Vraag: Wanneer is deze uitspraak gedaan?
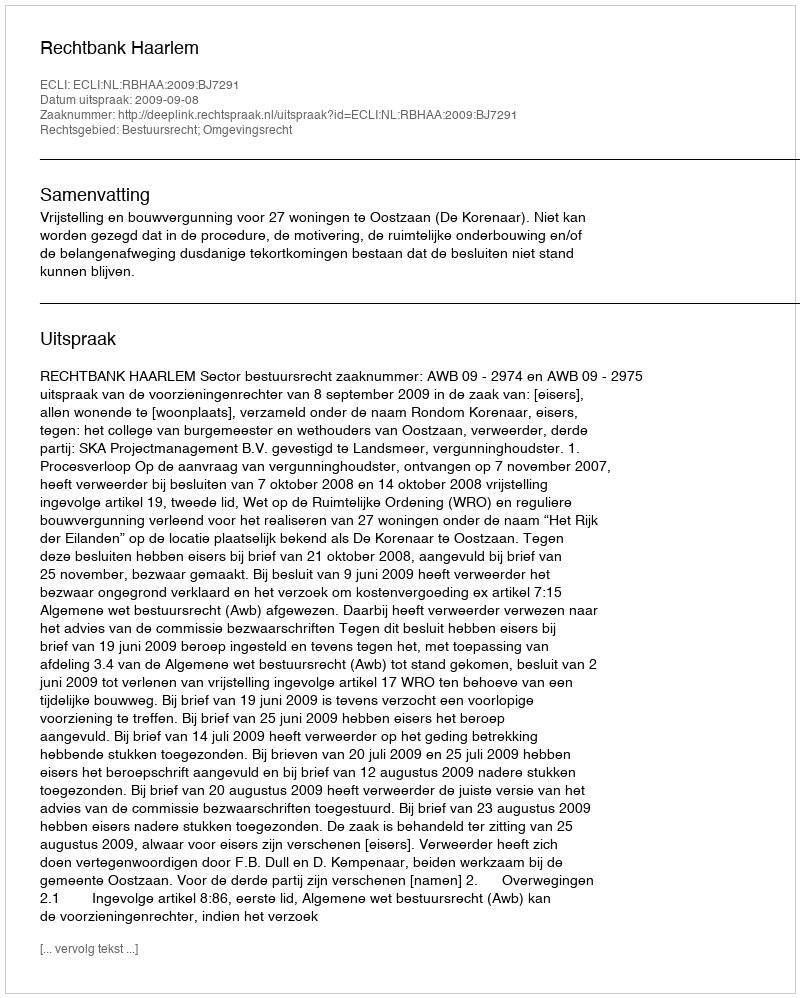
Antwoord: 2009-09-08